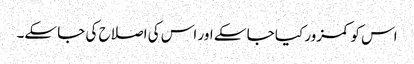
اس کو کمزور کیا جا سکے اور اس کی اصلاح کی جا سکے۔